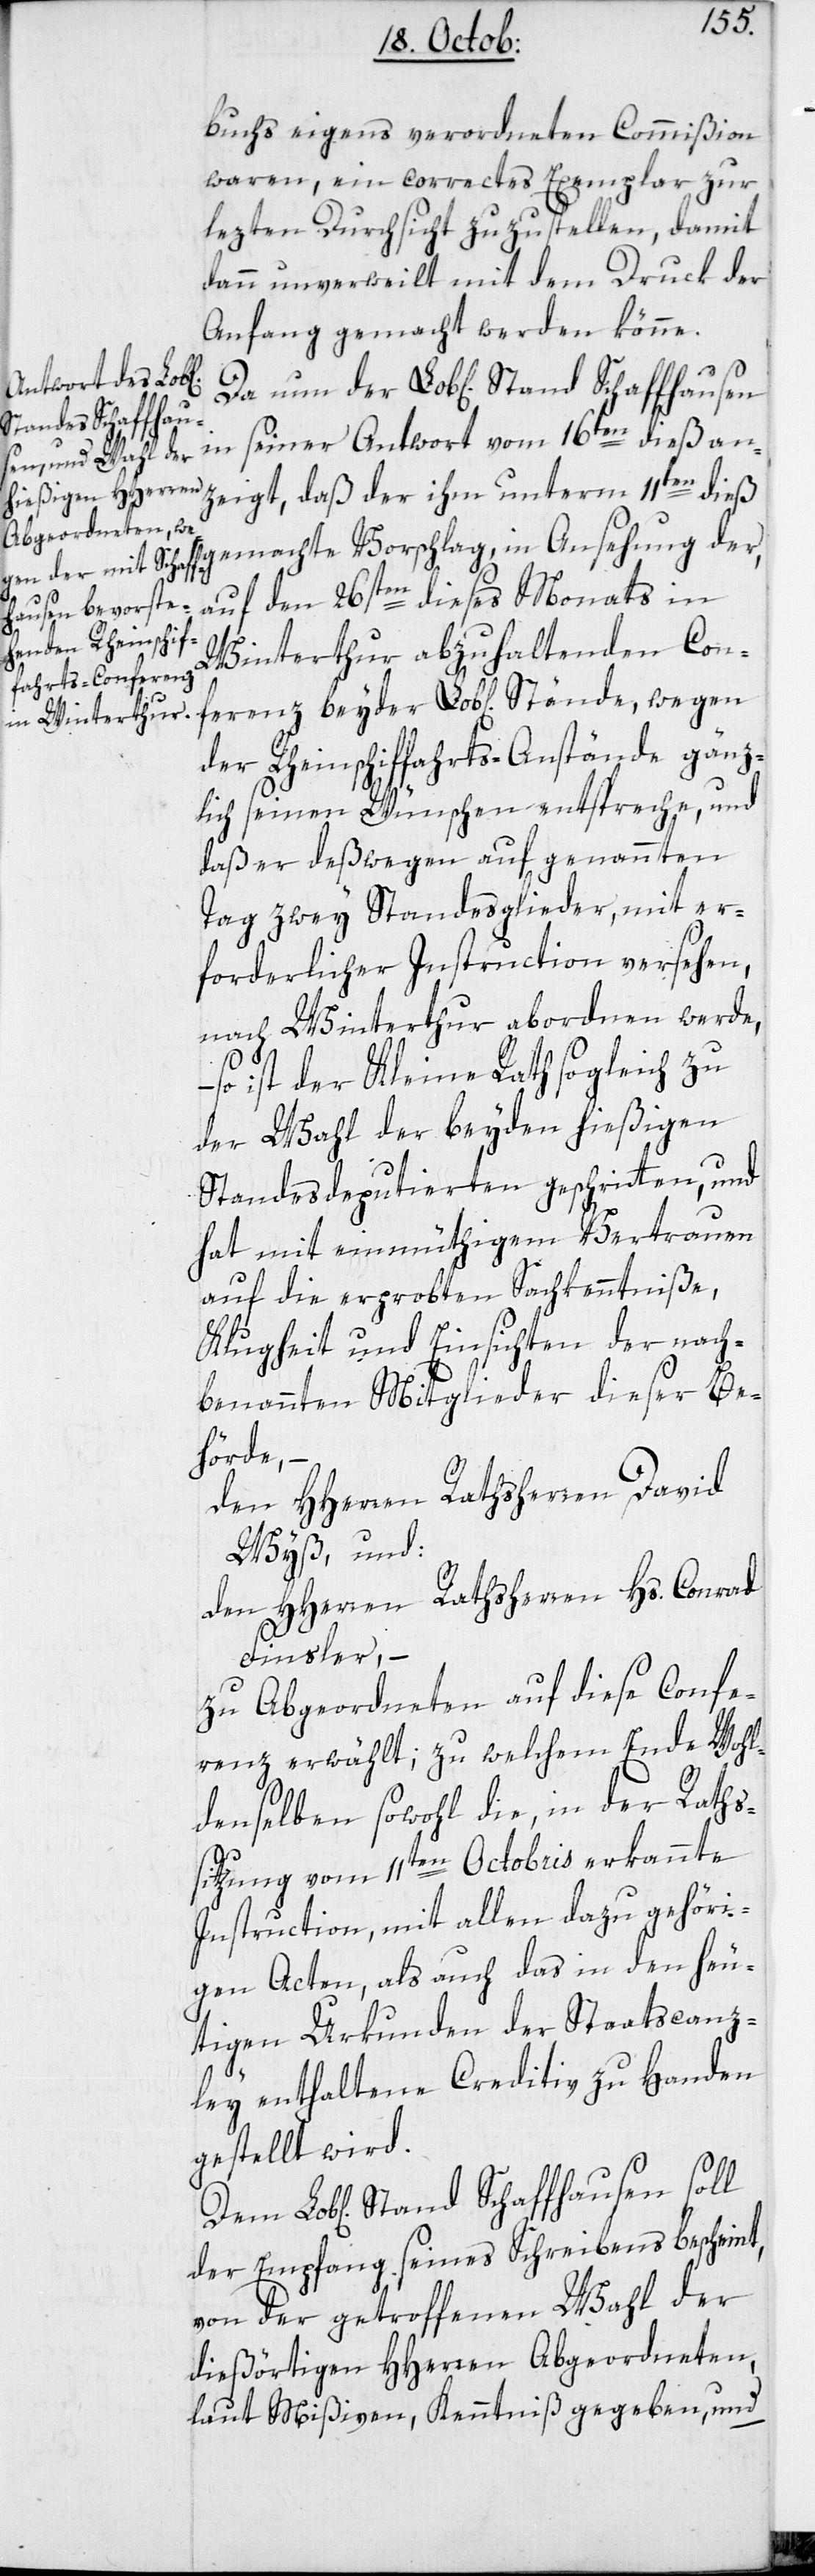
buchs eigens verordneten Commißion
waren, ein correctes Exemplar zur
lezten Durchsicht zuzustellen, damit
dann unverweilt mit dem Druck der
Anfang gemacht werden könne.
Stand Schaffhausen
eigt, daß der ihm unterm 11ten dieß
gemachte Vorschlag, in Ansehung der,
auf den 26sten dießes Monats in
Winterthur abzuhaltenden Con¬
der Rheinschiffahrts-Anstände gänz¬
lich seinen Wünschen entspreche, und
daß er deßwegen auf genannten
Tag zwei Standesglieder, mit er¬
forderlicher Instruction versehen,
nach Winterthur abordnen werde,
so ist der Kleine Rath sogleich zu
der Wahl der beyden hießigen
Standesdeputierten geschritten, und
hat mit einmüthigem Vertrauen
auf die erprobten Sachkenntniße,
Klugheit und Einsichten der nach¬
benannten Mitglieder dieser Be¬
hörde, –
den HHerren Rathsherren David
Wyß, und:
den HHerren Rathsherren Hs. Conrad
Finsler, –
zu Abgeordneten auf diese Confe¬
renz erwählt, zu welchem Ende wohl¬
denselben sowohl die, in der Raths¬
sitzung vom 11ten Octobris erkannte
Instruction, mit allen dazu gehöri¬
gen Acten, als auch das in den heu¬
tigen Urkunden der Staatscanz¬
ley enthaltene Creditiv zu Handen
gestellt wird.
der Empfang seines Schreibens bescheint,
von der getroffenen Wahl der
dießörtigen HHerren Abgeordneten,
laut Mißiven, Kenntniß gegeben, und